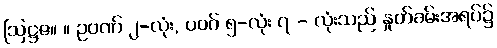
ဩဋ္ဌဇ။ ။ ဥဝဏ် ၂-လုံး, ပဝဂ် ၅-လုံး ၇ - လုံးသည် နှုတ်ခမ်းအရပ်၌